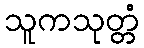
သူကသုတ္တံ